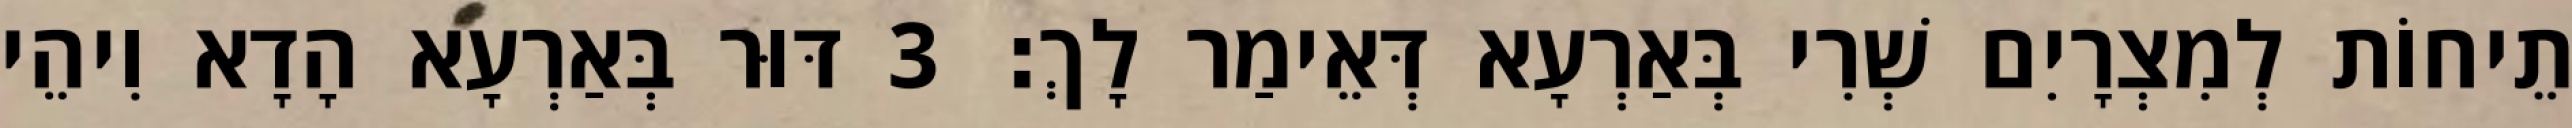
תֵיחוֹת לְמִצְרָיִם שְׁרִי בְּאַרְעָא דְּאֵימַר לָךְ׃ 3 דּוּר בְּאַרְעָא הָדָא וִיהֵי